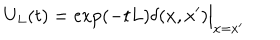
LaTeX: U _ { L } ( t ) = \exp ( - t L ) \delta ( x , x ^ { \prime } ) \Big \vert _ { x = x ^ { \prime } }